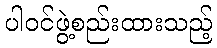
ပါဝင်ဖွဲ့စည်းထားသည့်